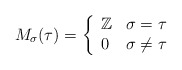
\begin{align*}M_\sigma(\tau)=\left\{\begin{array}{ll} \mathbb{Z}&\sigma=\tau\\0 & \sigma\neq\tau\\\end{array}\right.\end{align*}